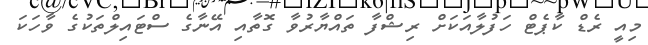
މިއީ ރެޑް ކާޕެޓް ހަފުލާއަކަށް ރިޝްފާ ތައްޔާރުވާ ގޮތާއި އޭނާގެ ސްޓައިލްތަކުގެ ވާހަކަ